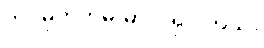
ဘဝမှတ်တမ်းမှာ ပါရှိပါတယ်။